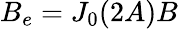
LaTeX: B_{e}=J_{0}(2A)B